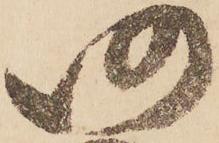
仍